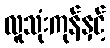
လူသုံးကုန်နှင့်